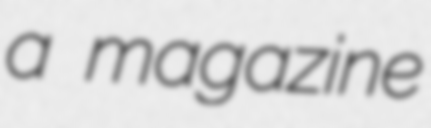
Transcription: a magazine